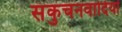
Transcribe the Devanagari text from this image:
संकुचनवादियों